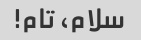
سلام، تام!